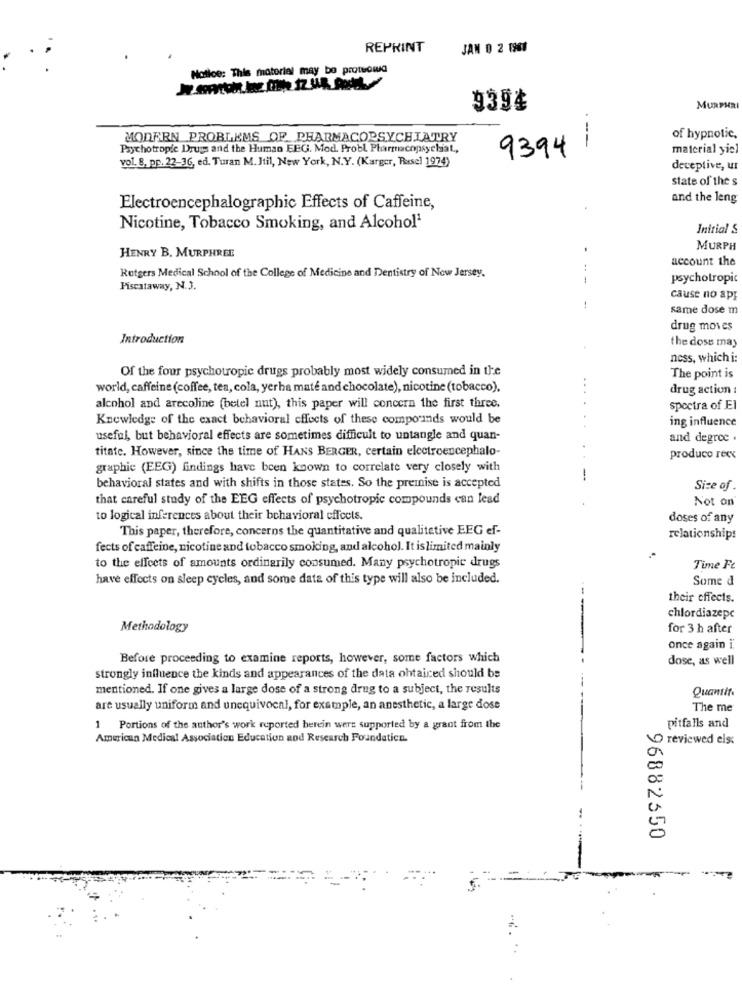
REPRINT
JAN 0 2 1961
Notice: This material may be proteciua
939¢
MURPHRI
MODERN PROBLEMS OF PHARMACOPSYCHIATRY
of hypnotic,
Psychotropic Drugs and the Human EEG. Mod. Probl Pharmacopsychiat,
93941
material yiel
vol. 8, pp. 22-36, ed. Turan M. Jtil, New York, N.Y. (Karger, Rusel 1974)
deceptive, ur
state of the s
and the leng
Electroencephalographic Effects of Caffeine,
Nicotine, Tobacco Smoking, and Alcohol1
Initial S
MURPH
HENRY B. MURPHREE
account the
Rutgers Medical School of the College of Medicine and Dentistry of New Jersey,
psychotropic
Piscataway, N.3.
cause no apr
same dose m
drug moves
Introduction
the doss may
ness, which i:
Of the four psychotropic drugs probably most widely consumed in the
The point is
world, caffeine (coffee, tea, cola, yerha maté and chocolate), nicotine (tobacco).
drug action :
alcohol and arecoline (betel nut), this paper will concern the first three.
spectra of El
Knowledge of the exact behavioral effects of these compounds would be
ing influence
useful, but behavioral effects are sometimes difficult to untangle and quan-
and degree .
titate. However, since the time of HANS BERGER, certain electroencephalo-
produco rexx
graphic (EEG) findings have been known to correlate very closely with
--
behavioral states and with shifts in those states. So the premise is accepted
Size of .
that careful study of the EEG effects of psychotropic compounds can lead
Not on
to logical inferences about their behavioral effects.
doses of any
This paper, therefore, concerns the quantitative and qualitative EEG ef-
relationships
fects of caffeine, nicotine and tobacco smoking, and alcohol. It islimited mainly
to the effects of amounts ordinarily consumed. Many psychotropic drugs
Time Fe
have effects on sleep cycles, and some data of this type will also be included.
Some d
--
their effects.
chlordiazepc
Methodology
for 3 h after
once again i.
Before proceeding to examine reports, however, some factors which
dose, as well
strongly influence the kinds and appearances of the data ohtaiced should be
mentioned. If one gives a large dose of a strong drug to a subject, the results
Quantità
are usually uniform and unequivocal, for example, an anesthetic, a large dose
The me
1 Portions of the author's work reported herein wers supported by a grant from the
pitfalls and
American Medical Association Education and Research Foundation.
reviewed els:
96882650